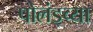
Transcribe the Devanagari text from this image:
पोलंड्च्या